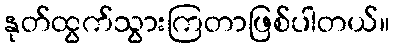
နုတ်ထွက်သွားကြတာဖြစ်ပါတယ်။